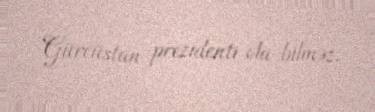
Gürcüstan prezidenti ola bilməz.